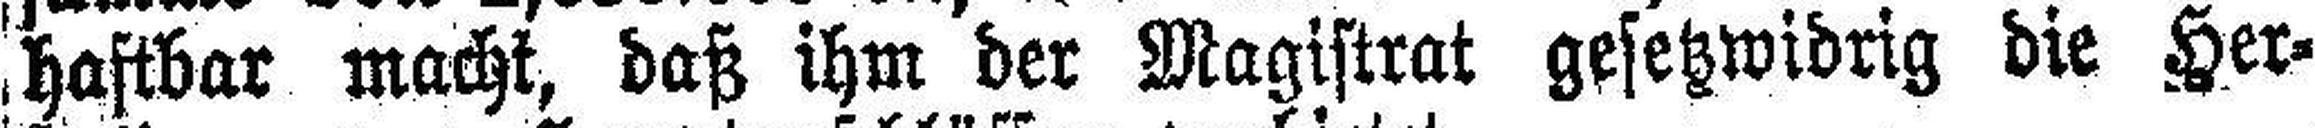
haftbar macht, daß ihm der Magistrat gesetzwidrig die Her¬